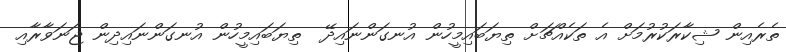
ތެރެއިން ޝިކާރަކުރުމަށް އެ ތަކެއްޗަށް ތިޔަބައިމީހުން އުނގަންނައިދޭ  ތިޔަބައިމީހުން އުނގަންނައިދިން ޖަނަވާރާއި